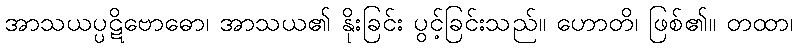
အာသယပ္ပဋိဗောဓော၊ အာသယ၏ နိုးခြင်း ပွင့်ခြင်းသည်။ ဟောတိ၊ ဖြစ်၏။ တထာ၊